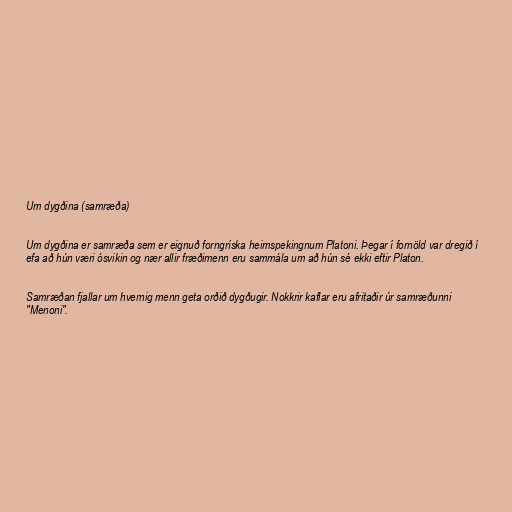
Um dygðina (samræða)

Um dygðina er samræða sem er eignuð forngríska heimspekingnum Platoni. Þegar í fornöld var dregið í
efa að hún væri ósvikin og nær allir fræðimenn eru sammála um að hún sé ekki eftir Platon.

Samræðan fjallar um hvernig menn geta orðið dygðugir. Nokkrir kaflar eru afritaðir úr samræðunni
"Menoni".